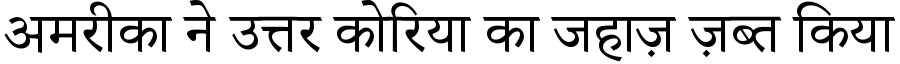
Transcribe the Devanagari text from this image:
अमरीका ने उत्तर कोरिया का जहाज़ ज़ब्त किया